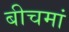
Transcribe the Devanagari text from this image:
बीचमां